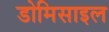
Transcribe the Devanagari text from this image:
डोमिसाइल